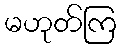
မဟုတ်ကြ